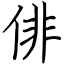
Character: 俳